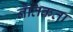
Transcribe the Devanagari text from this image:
नैतिकता